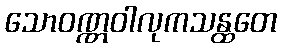
သောဝဏ္ဏဝါလုကသန္ထတေ